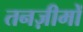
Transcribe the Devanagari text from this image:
तनज़ीमों